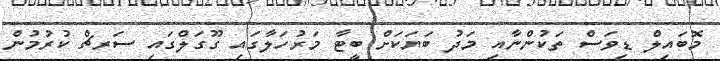
މޮބައިލް ޑިވަސް ތަކުންނާއި މަދު ބަޔަކަށް ބީޓާ މަރުހަލާގައި ގޫގަލްގައި ސަރޗް ކުރުމުން